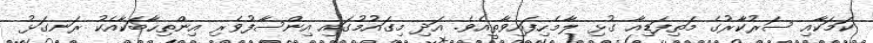
ކަމަކާއި ސަރުކާރުގެ މަތިފަޑިއާ ގުޅި ލާމެހިފައިވާތީއެވެ. އަދި މިގައުމުގައި އިންސާފުވެރި އިންތިހާބަކާއެކު ރަނގަޅު